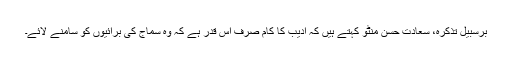
برسبیل تذکرہ، سعادت حسن منٹو کہتے ہیں کہ ادیب کا کام صرف اس قدر ہے کہ وہ سماج کی برائیوں کو سامنے لائے۔